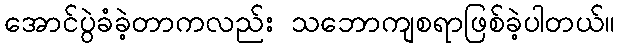
အောင်ပွဲခံခဲ့တာကလည်း သဘောကျစရာဖြစ်ခဲ့ပါတယ်။